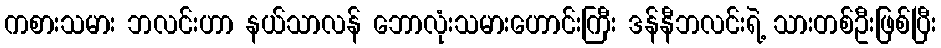
ကစားသမား ဘလင်းဟာ နယ်သာလန် ဘောလုံးသမားဟောင်းကြီး ဒန်နီဘလင်းရဲ့ သားတစ်ဦးဖြစ်ပြီး